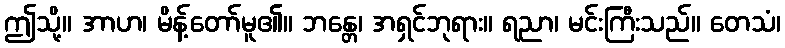
ဤသို့။ အာဟ၊ မိန့်တော်မူ၏။ ဘန္တေ၊ အရှင်ဘုရား။ ရညာ၊ မင်းကြီးသည်။ တေသံ၊